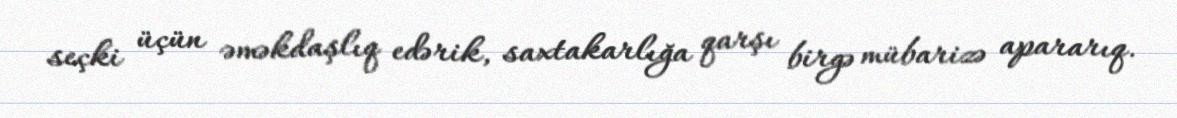
seçki üçün əməkdaşlıq edərik, saxtakarlığa qarşı birgə mübarizə apararıq.